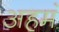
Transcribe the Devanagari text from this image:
अहमं